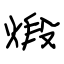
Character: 煅